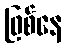
ဖြစ်နေ